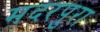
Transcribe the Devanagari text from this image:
मदरपुरा